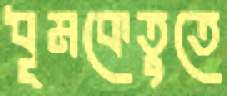
ধূমকেতুতে